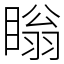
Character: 瞈